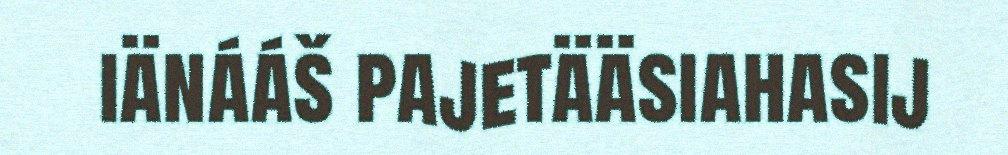
iänááš pajetääsiahasij